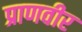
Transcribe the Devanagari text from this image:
प्राणवीर